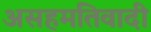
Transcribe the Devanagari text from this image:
असहमतिवादी